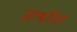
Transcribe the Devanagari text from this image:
प्रार्थाना